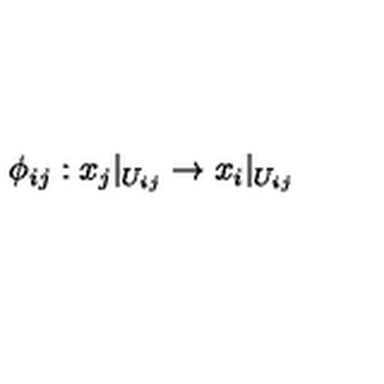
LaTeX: \phi _ { i j } : x _ { j } | _ { U _ { i j } } \rightarrow x _ { i } | _ { U _ { i j } }